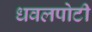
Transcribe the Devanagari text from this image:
धवलपोटी